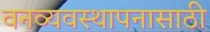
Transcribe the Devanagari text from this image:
वनव्यवस्थापनासाठी